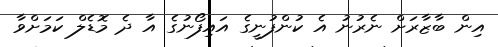
އިން ބާޒާރަށް ނެރުނު އެ ކުންފުނީގެ އައިފޯނުގެ އާ ދެ މޮޑެލް ކަމަށްވާ